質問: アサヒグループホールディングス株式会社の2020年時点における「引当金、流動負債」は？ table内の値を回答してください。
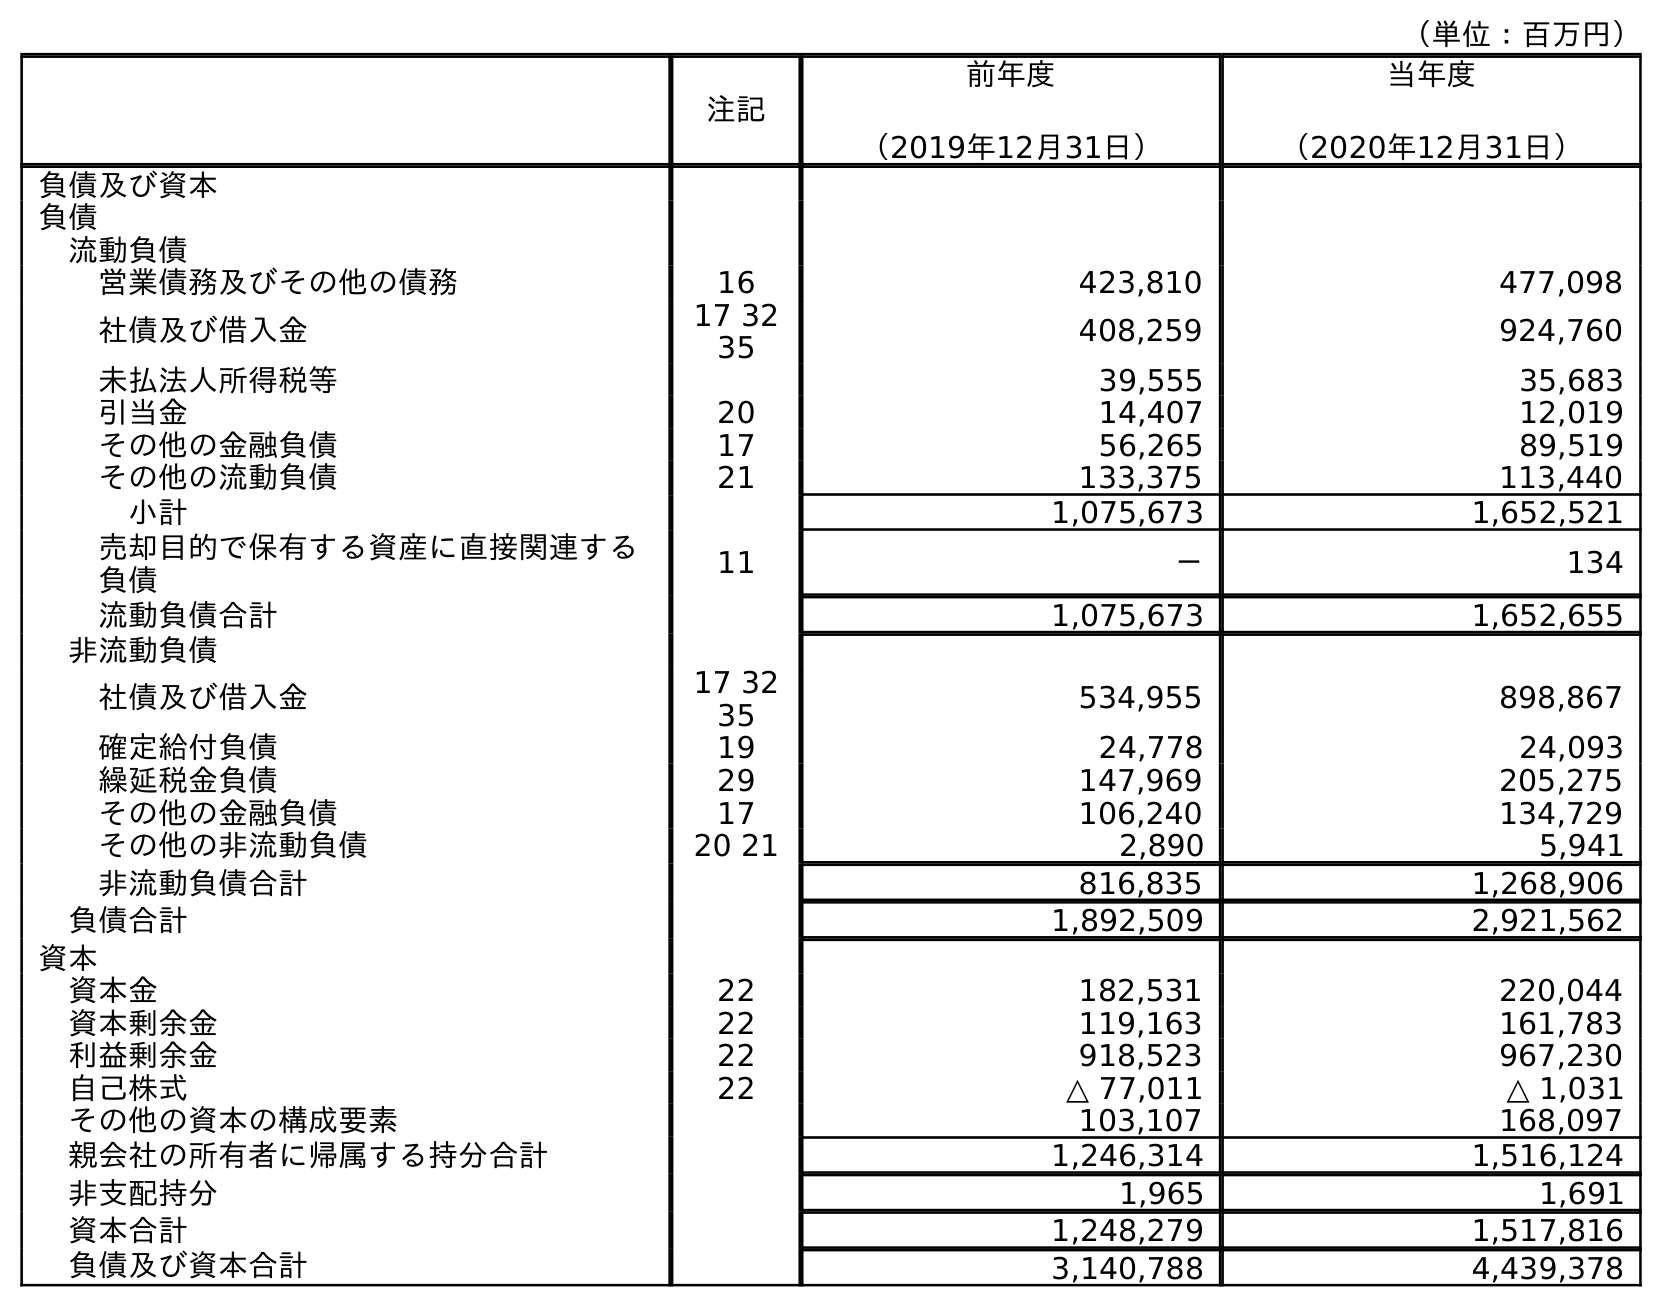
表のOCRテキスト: （単位：百万円） 注記 前年度 （2019年12月31日） 当年度 （2020年12月31日） 負債及び資本 負債 流動負債 営業債務及びその他の債務 16 423,810 477,098 社債及び借入金 17 32 35 408,259 924,760 未払法人所得税等 39,555 35,683 引当金 20 14,407 12,019 その他の金融負債 17 56,265 89,519 その他の流動負債 21 133,375 113,440 小計 1,075,673 1,652,521 売却目的で保有する資産に直接関連する 負債 11 － 134 流動負債合計 1,075,673 1,652,655 非流動負債 社債及び借入金 17 32 35 534,955 898,867 確定給付負債 19 24,778 24,093 繰延税金負債 29 147,969 205,275 その他の金融負債 17 106,240 134,729 その他の非流動負債 20 21 2,890 5,941 非流動負債合計 816,835 1,268,906 負債合計 1,892,509 2,921,562 資本 資本金 22 182,531 220,044 資本剰余金 22 119,163 161,783 利益剰余金 22 918,523 967,230 自己株式 22 △ 77,011 △ 1,031 その他の資本の構成要素 103,107 168,097 親会社の所有者に帰属する持分合計 1,246,314 1,516,124 非支配持分 1,965 1,691 資本合計 1,248,279 1,517,816 負債及び資本合計 3,140,788 4,439,378
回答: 12,019